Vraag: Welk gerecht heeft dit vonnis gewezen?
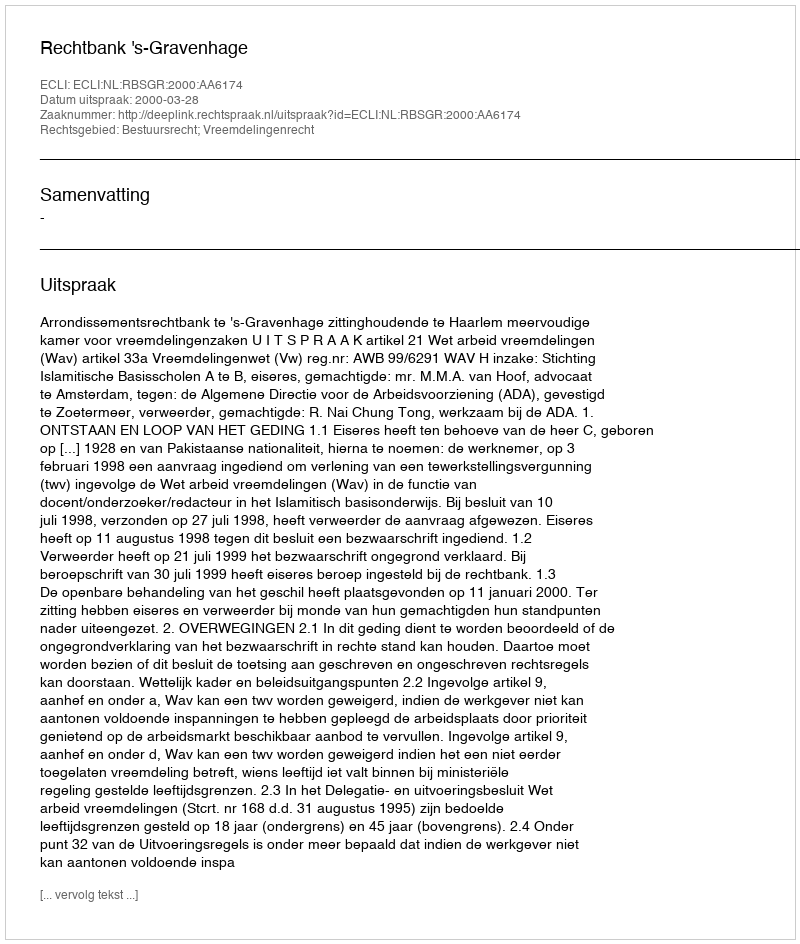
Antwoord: Rechtbank 's-Gravenhage